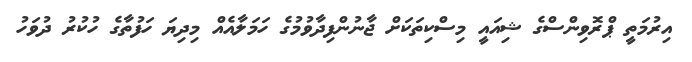
އިރުމަތީ ޕްރޮވިންސްގެ ޝިއައީ މިސްކިތަކަށް ޖާނުންފިދާވުމުގެ ހަމަލާއެއް މިދިޔަ ހަފުތާގެ ހުކުުރު ދުވަހު